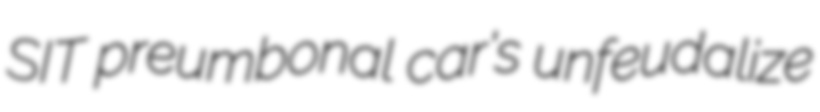
SIT preumbonal car's unfeudalize